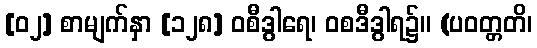
[၀၂] စာမျက်နှာ [၁၂၈] ဝစီဒွါရေ၊ ဝစဒီဒွါရ၌။ (ပဝတ္တတိ၊